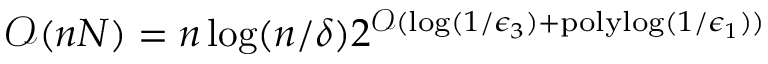
\mathcal { O } ( n N ) = n \log ( n / \delta ) 2 ^ { \mathcal { O } ( \log ( 1 / \epsilon _ { 3 } ) + \mathrm { p o l y l o g } ( 1 / \epsilon _ { 1 } ) ) }